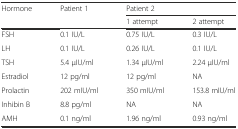
| <ROWSPAN=2> Hormone | <ROWSPAN=2> Patient 1 | <COLSPAN=2> Patient 2 |
 | 1 attempt | 2 attempt |
 | --- | --- | --- | --- |
 | FSH | 0.1 IU/L | 0.75 IU/L | 0.3 IU/L |
 | LH | 0.1 IU/L | 0.26 IU/L | 0.1 IU/L |
 | TSH | 5.4 μIU/ml | 1.34 μIU/ml | 2.24 μIU/ml |
 | Estradiol | 12 pg/ml | 12 pg/ml | NA |
 | Prolactin | 202 mIU/ml | 350 mIU/ml | 153.8 mIU/ml |
 | Inhibin B | 8.8 pg/ml | NA | NA |
 | AMH | 0.1 ng/ml | 1.96 ng/ml | 0.93 ng/ml |